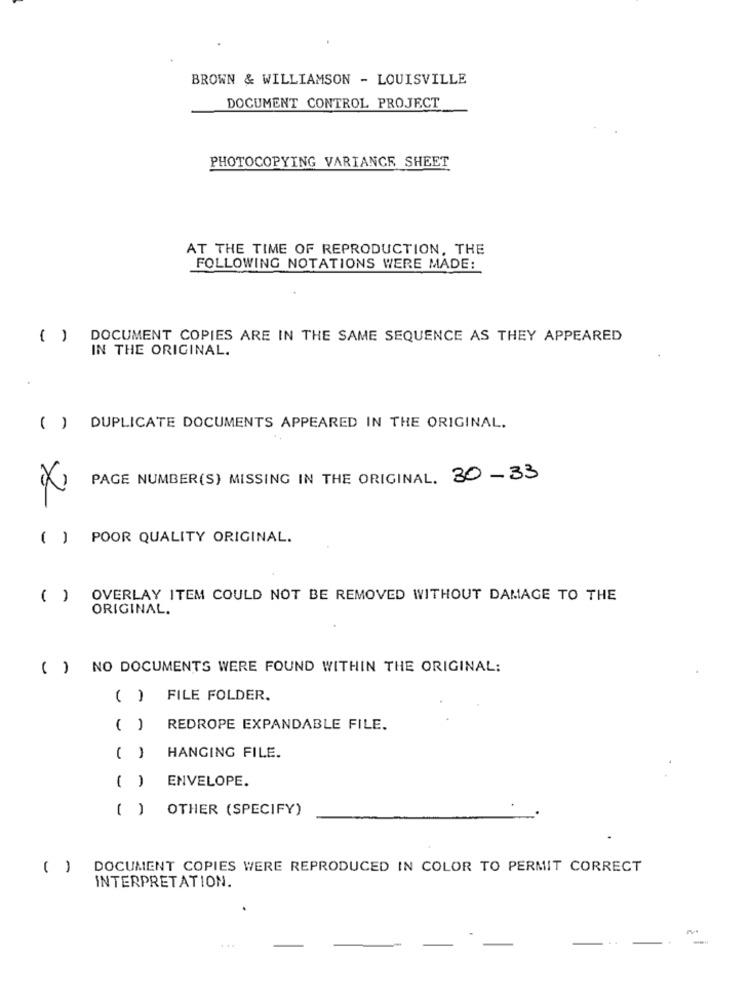
BROWN & WILLIAMSON - LOUISVILLE
DOCUMENT CONTROL PROJECT
PHOTOCOPYING VARIANCE SHEET
AT THE TIME OF REPRODUCTION, THE
FOLLOWING NOTATIONS WERE MADE:
( ) DOCUMENT COPIES ARE IN THE SAME SEQUENCE AS THEY APPEARED
IN THE ORIGINAL.
( ) DUPLICATE DOCUMENTS APPEARED IN THE ORIGINAL.
PAGE NUMBER(S) MISSING IN THE ORIGINAL. 30-33
( ) POOR QUALITY ORIGINAL.
( ) OVERLAY ITEM COULD NOT BE REMOVED WITHOUT DAMAGE TO THE
ORIGINAL.
( ) NO DOCUMENTS WERE FOUND WITHIN THE ORIGINAL;
( ) FILE FOLDER.
( )
REDROPE EXPANDABLE FILE.
( )
HANGING FILE.
ENVELOPE.
( )
( ) OTHER (SPECIFY)
( )
DOCUMENT COPIES WERE REPRODUCED IN COLOR TO PERMIT CORRECT
INTERPRETATION.
-